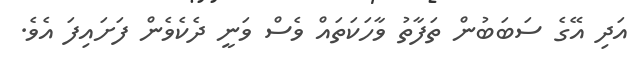
އަދި އޭގެ ސަބަބުން ތަފާތު ވާހަކަތައް ވެސް ވަނީ ދެކެވެން ފަށައިފަ އެވެ.